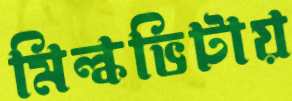
মিল্কভিটায়